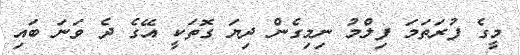
މީގެ ފުރަތަމަ ފިލްމު ނިމިގެން ދިޔަ ގޮތަކީ އޭގެ ދެ ވަނަ ބައި